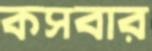
কসবার